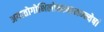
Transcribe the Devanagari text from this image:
अयातोगोभिलोक्तानामम्न्येषां